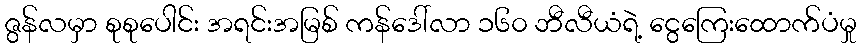
ဇွန်လမှာ စုစုပေါင်း အရင်းအမြစ် ကန်ဒေါ်လာ ၁၆၀ ဘီလီယံရဲ့ ငွေကြေးထောက်ပံမှု